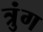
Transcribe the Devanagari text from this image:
त्रुंग